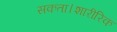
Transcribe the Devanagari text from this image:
सकता।शारीरिक